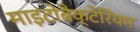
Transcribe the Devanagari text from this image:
माइटोबैक्टेरियम